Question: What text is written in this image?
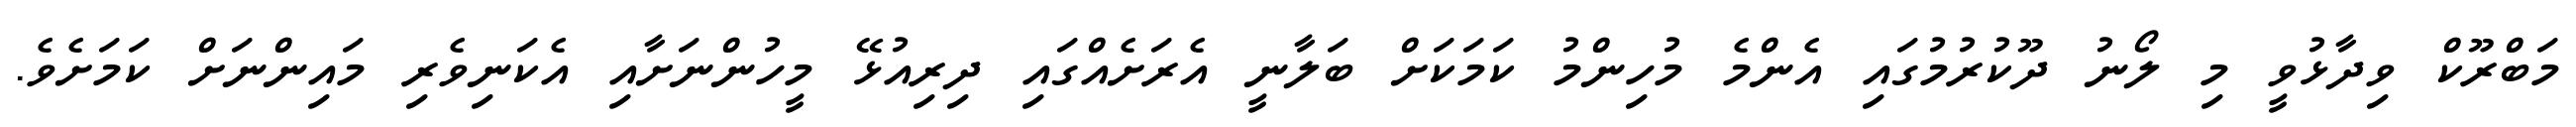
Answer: މަބްރޫކް ވިދާޅުވީ މި ލޯނު ދޫކުރުމުގައި އެންމެ މުހިންމު ކަމަކަށް ބަލާނީ އެރަށެއްގައި ދިރިއުޅޭ މީހުންނަށާއި އެކަނިވެރި މައިންނަށް ކަމަށެވެ.